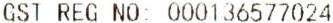
GST REG NO: 000136577024